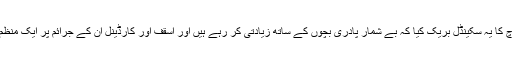
بوسٹن گلوب نے عیسائی چرچ کا یہ سکینڈل بریک کیا کہ بے شمار پادری بچوں کے ساتھ زیادتی کر رہے ہیں اور اسقف اور کارڈینل ان کے جرائم پر ایک منظم انداز میں پردہ ڈال رہے ہیں۔